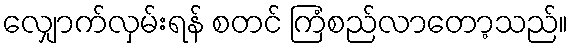
လျှောက်လှမ်းရန် စတင် ကြံစည်လာတော့သည်။